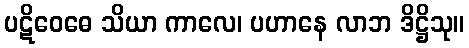
ပဋိဝေဓေ သိယာ ကာလေ၊ ပဟာနေ လာဘ ဒိဋ္ဌိသု။